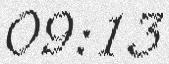
09:13